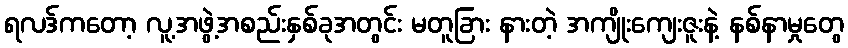
ရလဒ်ကတော့ လူ့အဖွဲ့အစည်းနှစ်ခုအတွင်း မတူခြား နားတဲ့ အကျိုးကျေးဇူးနဲ့ နစ်နာမှုတွေ